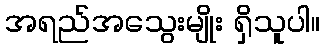
အရည်အသွေးမျိုး ရှိသူပါ။